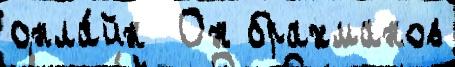
онла́йн  Он брахманов